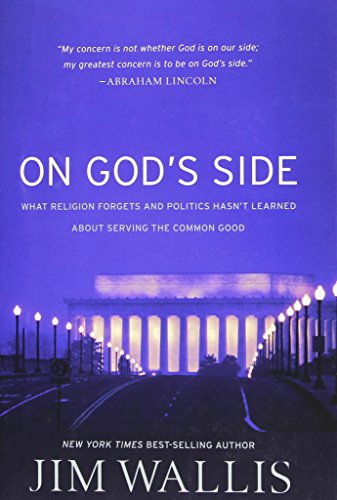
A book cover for On God's Side: What Religion Forgets and Politics Hasn't Learned about Serving the Common Good; Jim Wallis; Religion & Spirituality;